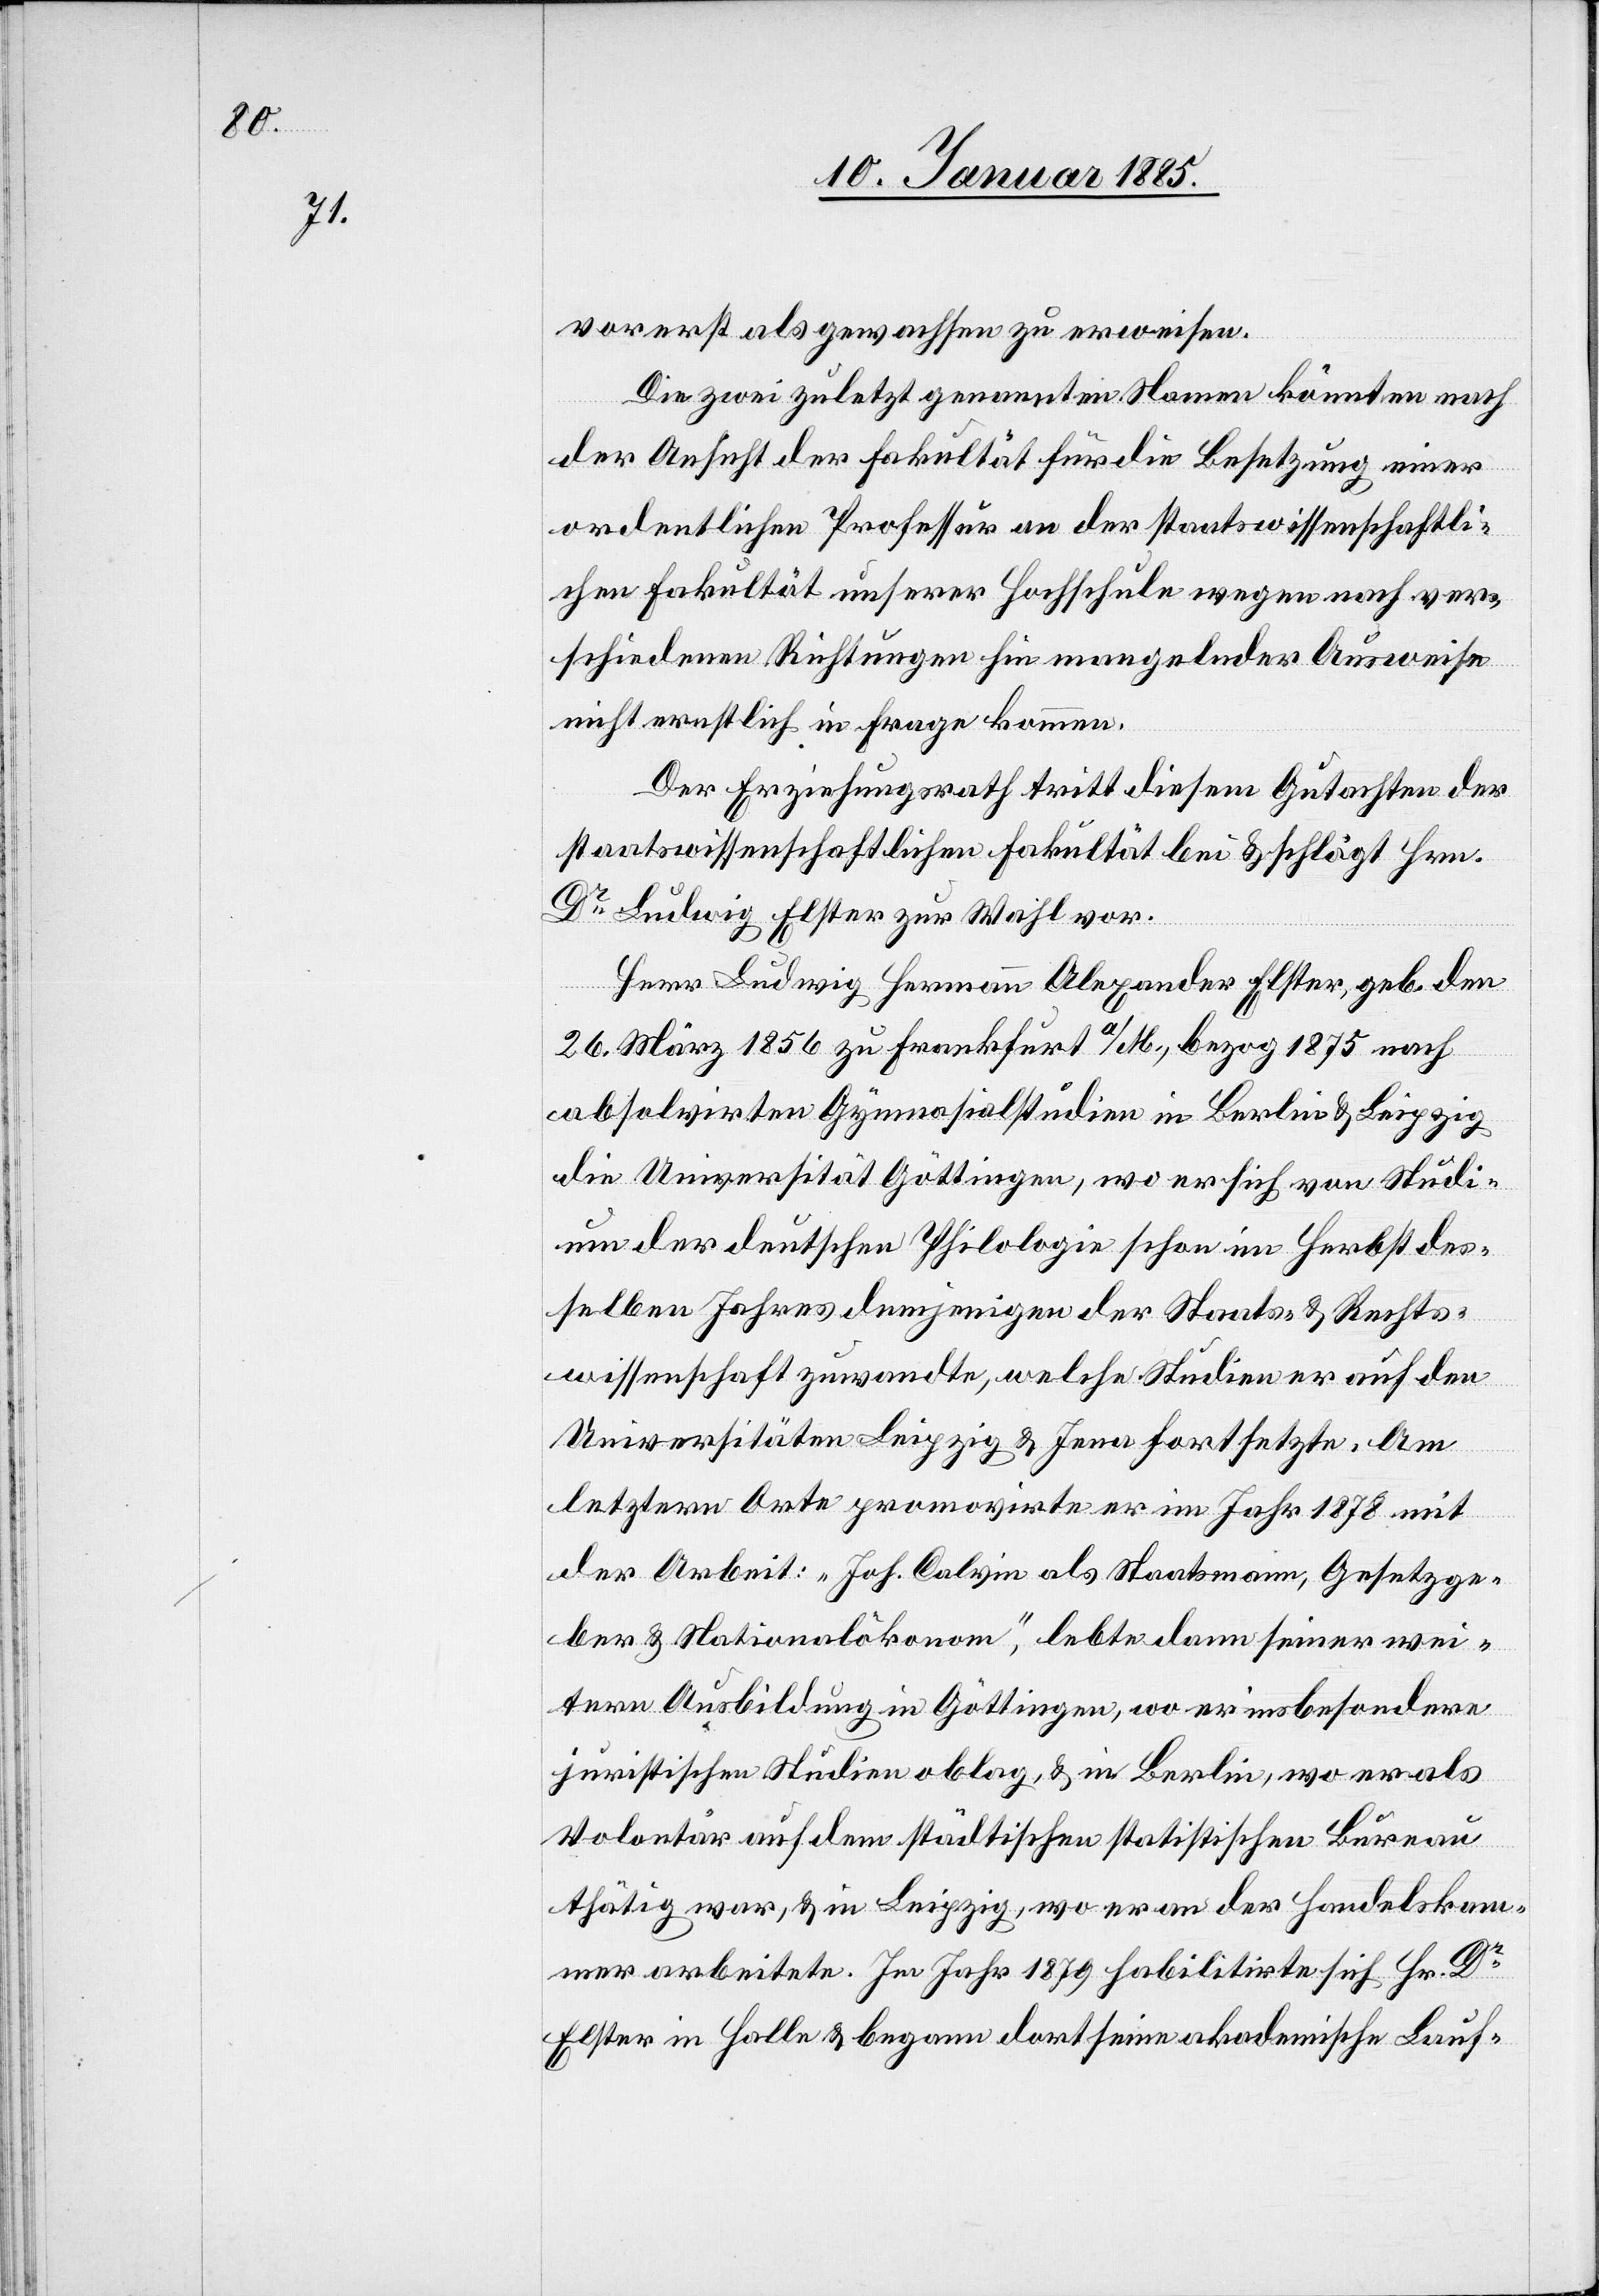
delska¬

vorerst als gewachsen zu erweisen.
Die zwei zuletzt genannten Namen könnten nach
der Ansicht der Fakultät für die Besetzung einer
ordentlichen Professur an der staatswissenschaftli¬
chen Fakultät unserer Hochschule wegen nach ver¬
schiedenen Richtungen hin mangelnder Ausweise
nicht ernstlich in Frage kommen.
Der Erziehungsrath tritt diesem Gutachten der
staatswissenschaftlichen Fakultät bei & schlägt Hrn.
Dr Ludwig Elster zur Wahl vor.
Herr Ludwig Hermann Alexander Elster, geb. den
26. März 1856 zu Frankfurt a/M., bezog 1875 nach
absolvirten Gymnasialstudien in Berlin & Leipzig
die Universität Göttingen, wo er sich vom Studi¬
um der deutschen Philologie schon im Herbst des¬
selben Jahres demjenigen der Staats- & Rechts¬
wissenschaft zuwandte, welche Studien er auf den
Universitäten Leipzig und Jena fortsetzte. Am
letztern Orte promovirte er im Jahr 1878 mit
der Arbeit: „Joh. Calvin als Staatsmann, Gesetzge¬
ber & Nationalökonom“, lebte dann seiner wei¬
tern Ausbildung in Göttingen, wo er insbesondere
juristischen Studien oblag, & in Berlin, wo er als
Volontär auf dem städtischen Bureau thätig war, &
mmer arbeitete. Im Jahr 1879 habilitirte sich Hr. Dr
Elster in Halle & begann dort seine akademische Lauf-